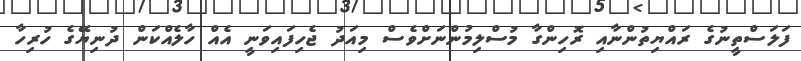
ފަލަސްތީނުގެ ރައްޔިތުންނާއި ރޮހިންގާ މުސްލިމުންނަށްވެސް މިއަދު ޖެހިފައިވަނީ އެއް ހާލެއްކަން ދުނިޔޭގެ ހުރިހާ